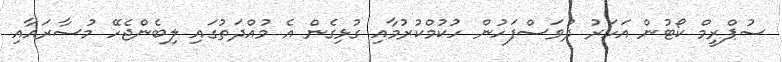
ސުޕްރީމް ކޯޓުން އަހަރު ދުވަސްފަހުން ހުކުމްކުރުމާއި ގުޅިގެން އެ މުއްދަތުގައި ލިބެންޖެހޭ މުސާރައާއި